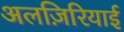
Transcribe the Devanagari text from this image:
अलज़िरियाई